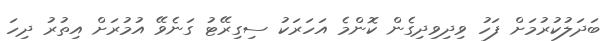
ބަދަލުކުރުމަށް ފަހު ވިދިވިދިގެން ކޮންމެ އަހަރަކު ސިގިރޭޓު ގަނެވޭ އުމުރަށް އިތުރު ދިހަ